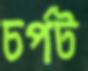
চর্পট